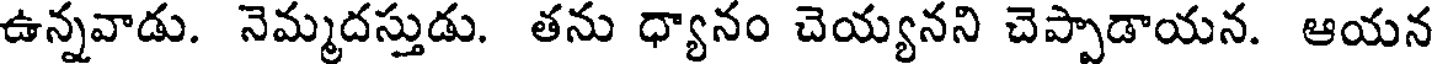
ఉన్నవాడు. నెమ్మదస్తుడు. తను ధ్యానం చెయ్యనని చెప్పాడాయన. ఆయన